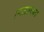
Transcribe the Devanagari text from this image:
।रतलाम